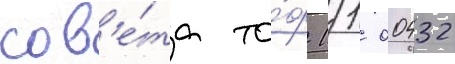
сов'е́та то́ф 11/ 00432